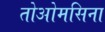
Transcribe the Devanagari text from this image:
तोओमसिना